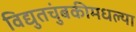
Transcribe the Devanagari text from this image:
विद्युतचुंबकीमधल्या